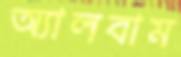
অ্যালবাম